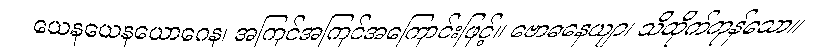
ယေနယေနယောဂေန၊ အကြင်အကြင်အကြောင်းဖြင့်။ ဗောဓနေယျာ၊ သိထိုက်ကုန်သော။